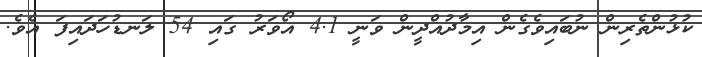
ކުޅުންތެރިން ނުބައިވެގެން އިމާދުއްދީން ވަނީ 4.1 އޯވަރު ގައި 54 ލަނޑުހަދައިފަ އެވެ.